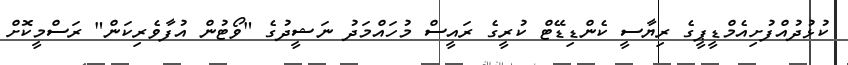
ކުޅުދުއްފުށިއެމްޑީޕީގެ ރިޔާސީ ކެންޑިޑޭޓް ކުރީގެ ރައީސް މުހައްމަދު ނަޝީދުގެ "ވޯޓުން އުފާވެރިކަން" ރަސްމީކޮށް